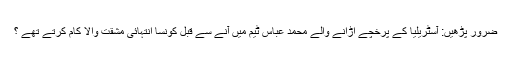
ضرور پڑھیں: آسٹریلیا کے پرخچے اڑانے والے محمد عباس ٹیم میں آنے سے قبل کونسا انتہائی مشقت والا کام کرتے تھے ؟